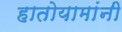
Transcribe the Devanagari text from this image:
हातोयामांनी